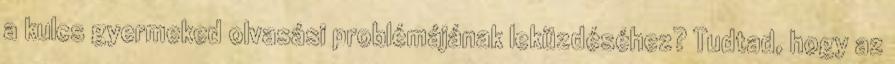
a kulcs gyermeked olvasási problémájának leküzdéséhez? Tudtad, hogy az